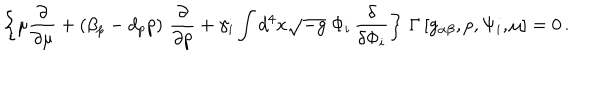
\left\{ \mu \frac { \partial } { \partial \mu } + \left( \beta _ { p } - d _ { p } p \right) \, \frac { \partial } { \partial p } + \gamma _ { i } \int d ^ { 4 } x \sqrt { - g } \; \Phi _ { i } \, \frac { \delta } { \delta \Phi _ { i } } \right\} \, \Gamma \left[ g _ { \alpha \beta } , p , \Psi _ { i } , \mu \right] = 0 \, .